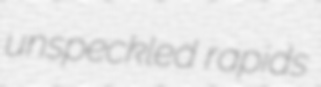
unspeckled rapids